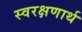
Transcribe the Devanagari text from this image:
स्वरक्षणार्थ